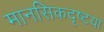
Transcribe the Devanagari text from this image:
मानसिकदृष्टया